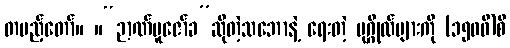
တပည့်တော်။ ။“ဉာဏ်ပူဇော်ခ”ဆိုတဲ့သဘောနဲ့ ရေးတဲ့ ပုဂ္ဂိုလ်များကို (၁၅၀၀ိ)စီ